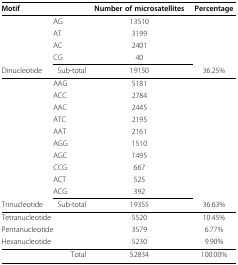
<table><thead><tr><td><b>Motif</b></td><td></td><td><b>Number of microsatellites</b></td><td><b>Percentage</b></td></tr></thead><tbody><tr><td></td><td>AG</td><td>13510</td><td></td></tr><tr><td></td><td>AT</td><td>3199</td><td></td></tr><tr><td></td><td>AC</td><td>2401</td><td></td></tr><tr><td></td><td>CG</td><td>40</td><td></td></tr><tr><td>Dinucleotide</td><td>Sub-total</td><td>19150</td><td>36.25%</td></tr><tr><td></td><td>AAG</td><td>5181</td><td></td></tr><tr><td></td><td>ACC</td><td>2784</td><td></td></tr><tr><td></td><td>AAC</td><td>2445</td><td></td></tr><tr><td></td><td>ATC</td><td>2195</td><td></td></tr><tr><td></td><td>AAT</td><td>2161</td><td></td></tr><tr><td></td><td>AGG</td><td>1510</td><td></td></tr><tr><td></td><td>AGC</td><td>1495</td><td></td></tr><tr><td></td><td>CCG</td><td>667</td><td></td></tr><tr><td></td><td>ACT</td><td>525</td><td></td></tr><tr><td></td><td>ACG</td><td>392</td><td></td></tr><tr><td>Trinucleotide</td><td>Sub-total</td><td>19355</td><td>36.63%</td></tr><tr><td colspan="2">Tetranucleotide</td><td>5520</td><td>10.45%</td></tr><tr><td colspan="2">Pentanucleotide</td><td>3579</td><td>6.77%</td></tr><tr><td colspan="2">Hexanucleotide</td><td>5230</td><td>9.90%</td></tr><tr><td></td><td>Total</td><td>52834</td><td>100.00%</td></tr></tbody></table>